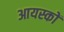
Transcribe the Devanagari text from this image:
आयस्कों